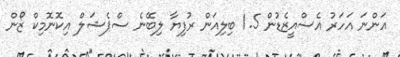
އަންނަ އަހަރު އެސްއީޒެޑުން 1.5 ބިލިއަން ރުފިޔާ ލިބޭނެ ސްޕެޝަލް އިކޮނޮމިކް ޒޯން